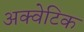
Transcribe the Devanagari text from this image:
अक्वेटिक